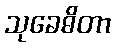
သုခေဓိတာ